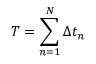
T = \sum _ { n = 1 } ^ { N } \Delta t _ { n }